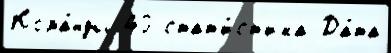
Кома́нды 40 стат'и́ст'ика Да́та